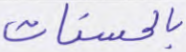
بالحسنات